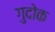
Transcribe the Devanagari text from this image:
गुदोक